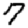
Digit: 7